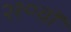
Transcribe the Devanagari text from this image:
२१०वॉ